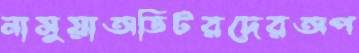
নাসুয়াঅডিটরদেরঅপ